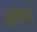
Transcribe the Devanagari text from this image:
अंगम